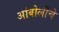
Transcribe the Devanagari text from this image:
आंबोलीचे